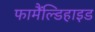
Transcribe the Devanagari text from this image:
फामैंल्डिहाइड